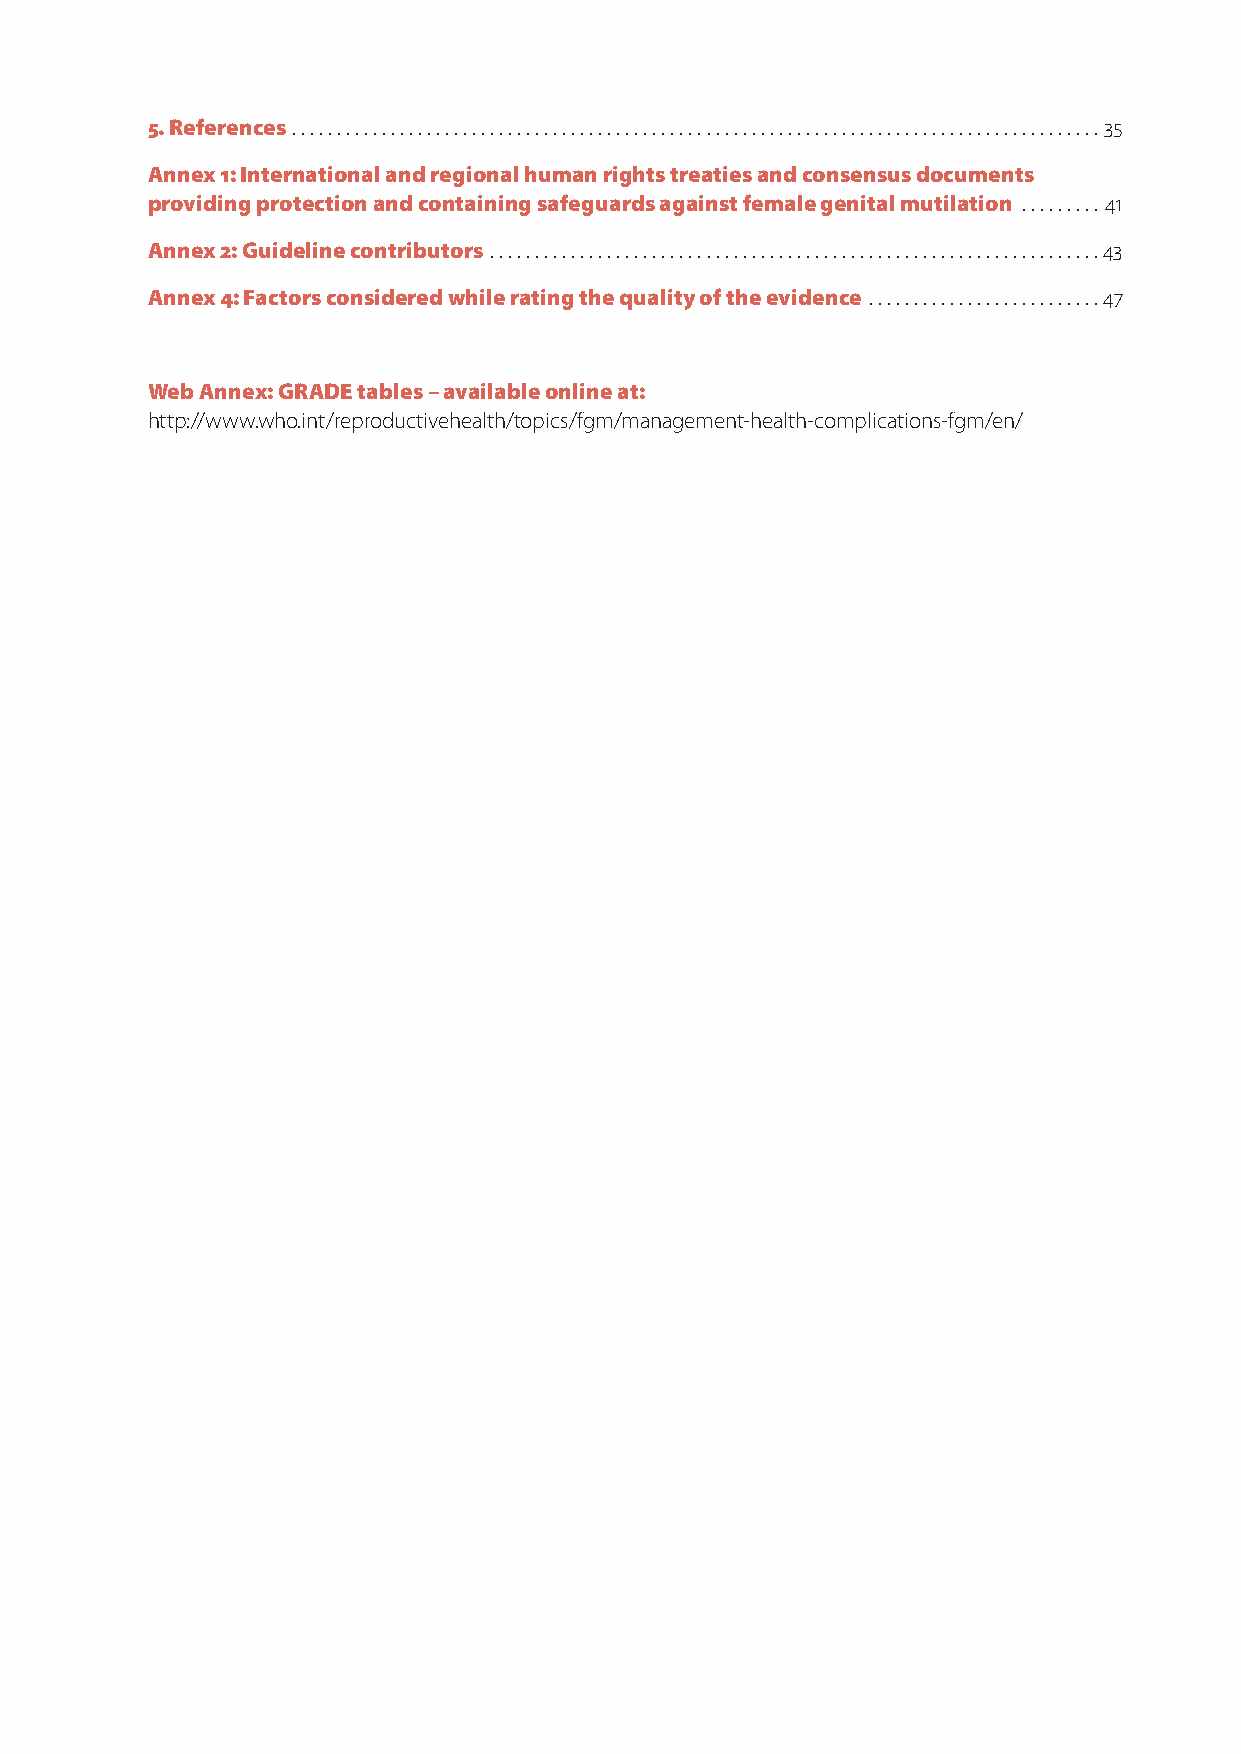
5. References .......................................................................................... 35
 Annex 1: International and regional human rights treaties and consensus documents
 providing protection and containing safeguards against female genital mutilation ......... 41
 Annex 2: Guideline contributors ....................................................................43
 Annex 4: Factors considered while rating the quality of the evidence ..........................47
 Web Annex: GRADE tables – available online at:
 http://www.who.int/reproductivehealth/topics/fgm/management-health-complications-fgm/en/